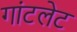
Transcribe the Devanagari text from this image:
गांटलेट